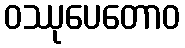
ဝဿုပေတောဝ